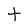
Character: t